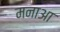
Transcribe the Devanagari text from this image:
मनाआ